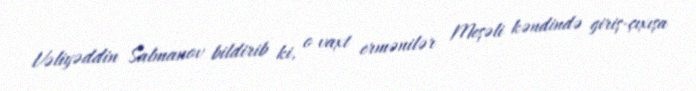
Vəliyəddin Salmanov bildirib ki, o vaxt ermənilər Meşəli kəndində giriş-çıxışa